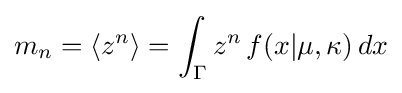
m_{n}=\langle z^{n}\rangle =\int _{\Gamma }z^{n}\,f(x|\mu ,\kappa )\,dx